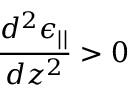
\frac { d ^ { 2 } \epsilon _ { | | } } { d z ^ { 2 } } > 0